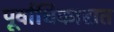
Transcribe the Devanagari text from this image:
पूर्वाधिकारात